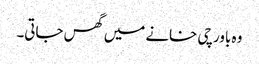
وہ باورچی خانے میں گھس جاتی۔